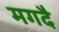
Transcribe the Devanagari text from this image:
मगदै